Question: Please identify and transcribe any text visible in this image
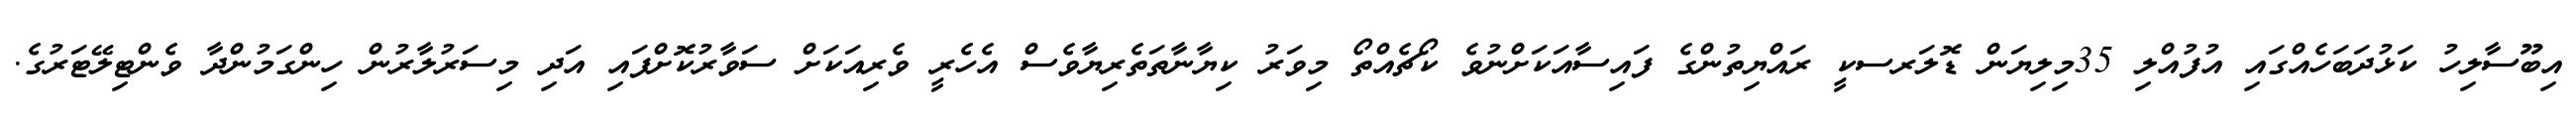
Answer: އިބޫސާލިހު ކަޅުދަބަހެއްގައި އުފުއްލި 35މިލިޔަން ޑޮލަރސކީ ރައްޔިތުންގެ ފައިސާއަކަށްނުވެ ކޯޗެއްތޯ މިވަރު ކިޔާނާތަތެރިޔާވެސް އެހެރީ ވެރިއަކަށް ސަވާރުކޮށްފައި އަދި މިސަރުލާރުން ހިންގަމުންދާ ވެންޓިލޭޓަރުގެ.